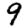
Digit: 9